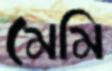
মেমি